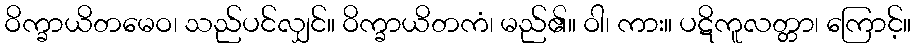
ဝိက္ခာယိတမေဝ၊ သည်ပင်လျှင်။ ဝိက္ခာယိတကံ၊ မည်၏။ ဝါ၊ ကား။ ပဋိကူလတ္တာ၊ ကြောင့်။